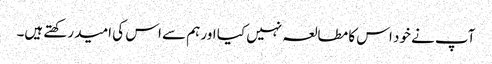
آپ نے خود اس کا مطالعہ نہیں کیا اور ہم سے اس کی امید رکھتے ہیں۔